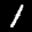
Label: 1